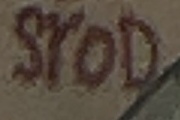
SROD